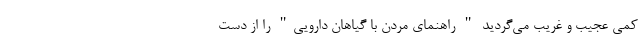
کمی عجیب و غریب می‌گردید " راهنمای مردن با گیاهان دارویی" را از دست